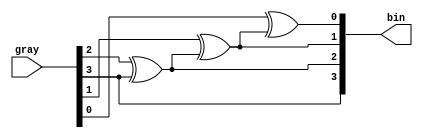
module gray_bin(gray,bin);
input [3:0] gray;
output [3:0] bin;

assign bin[3] = gray[3];
assign bin[2] = gray[2]^bin[3];  
assign bin[1] = gray[1]^bin[2];  
assign bin[0] = gray[0]^bin[1];
endmodule